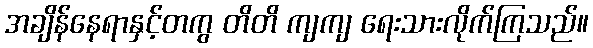
အချိန်နေရာနှင့်တကွ တိတိ ကျကျ ရေးသားလိုက်ကြသည်။